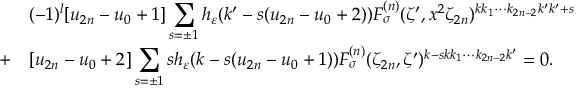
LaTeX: \begin{array} { c l } { { } } & { { ( - 1 ) ^ { l } \mathrm { [ } u _ { 2 n } - u _ { 0 } + 1 \mathrm { ] } \displaystyle \sum _ { s = \pm 1 } h _ { \varepsilon } ( k ^ { \prime } - s ( u _ { 2 n } - u _ { 0 } + 2 ) ) F _ { \sigma } ^ { ( n ) } ( \zeta ^ { \prime } , x ^ { 2 } \zeta _ { 2 n } ) ^ { k k _ { 1 } \cdots k _ { 2 n - 2 } k ^ { \prime } k ^ { \prime } + s } } } \\ { { + } } & { { \mathrm { [ } u _ { 2 n } - u _ { 0 } + 2 \mathrm { ] } \displaystyle \sum _ { s = \pm 1 } s h _ { \varepsilon } ( k - s ( u _ { 2 n } - u _ { 0 } + 1 ) ) F _ { \sigma } ^ { ( n ) } ( \zeta _ { 2 n } , \zeta ^ { \prime } ) ^ { k - s k k _ { 1 } \cdots k _ { 2 n - 2 } k ^ { \prime } } = 0 . } } \end{array}